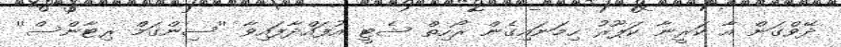
ދޭވްގަން އާ ކަރީނާ ކަޕޫރު ހިމަނައިގެން ރޯހިތް ޝެޓީ އުފައްދާފައިވާ ''ސިންގަމް ރިޓާންސް''